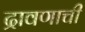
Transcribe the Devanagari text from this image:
द्रावणाची